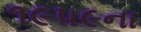
૧૯૫૯ના